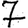
Digit: 7